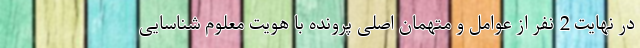
در نهایت 2 نفر از عوامل و متهمان اصلی پرونده با هویت معلوم شناسایی